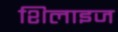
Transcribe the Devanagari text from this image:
शिलाइज